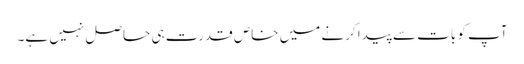
آپ کو بات سے پیدا کرنے میں خاص قدرت ہی حاصل نہیں ہے۔